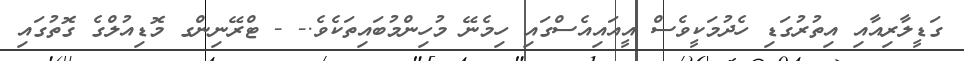
ގަޑީލާރިއާއި އިތުރުގަޑި ހެދުމަކީވެސް އީއައިއެސްގައި ހިމެނޭ މުހިންމުބައިތަކެވެ.- - ޓްރޭނިންގ މޮޑިއުލްގެ ގޮތުގައި